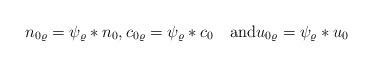
LaTeX: \begin{align*} n_{0\varrho}=\psi_\varrho\ast n_0,c_{0\varrho}=\psi_\varrho\ast c_0 \quad\mathrm{and}u_{0\varrho}=\psi_\varrho\ast u_0 \end{align*}